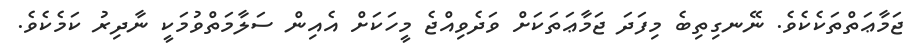
ޖަމާޢަތްތަކެކެވެ. ނޭނގިތިބެ މިފަދަ ޖަމާޢަތަކަށް ވަދެވިއްޖެ މީހަކަށް އެއިން ސަލާމަތްވުމަކީ ނާދިރު ކަމެކެވެ.